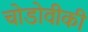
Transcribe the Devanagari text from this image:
चोडोवीकी